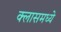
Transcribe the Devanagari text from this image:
क्लासमध्ये